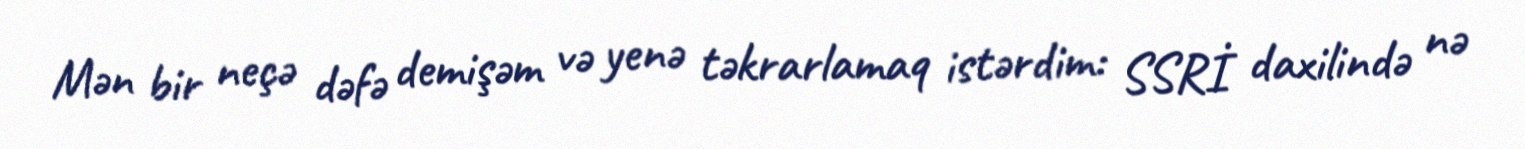
Mən bir neçə dəfə demişəm və yenə təkrarlamaq istərdim: SSRİ daxilində nə